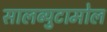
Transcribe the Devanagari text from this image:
सालब्युटामोल